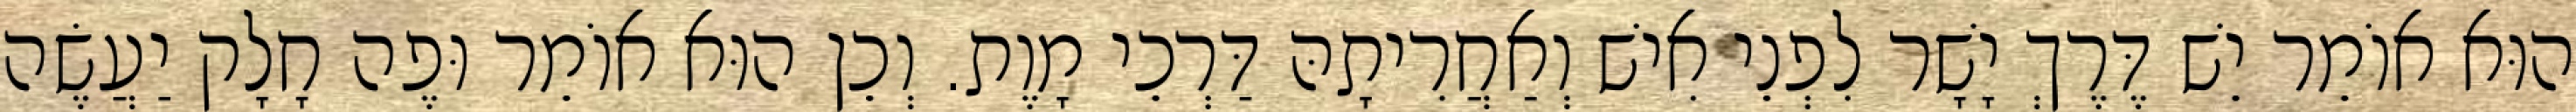
הוּא אוֹמֵר יֵשׁ דֶּרֶךְ יָשָׁר לִפְנֵי אִישׁ וְאַחֲרִיתָהּ דַּרְכֵי מָוֶת. וְכֵן הוּא אוֹמֵר וּפֶה חָלָק יַעֲשֶׂה